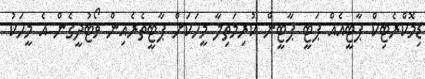
ޑިމޮކްރެޓިކް ޕާޓީއެއް ޕަޓީ ޕާޓީން ކުރިމަތިލާ މީހަކަށް ޕާޓީތެރެއިން ވޯޓުދީގެން އެ މީހަކު